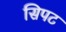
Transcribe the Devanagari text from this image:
सिपट